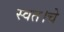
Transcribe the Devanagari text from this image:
स्वत।चे